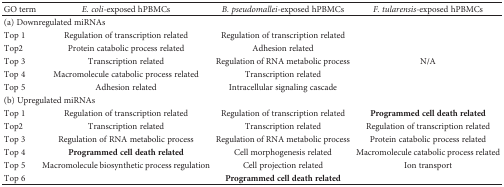
<table><thead><tr><td><b>GO term</b></td><td><b><i>E. coli</i>-exposed hPBMCs</b></td><td><b><i>B. pseudomallei-</i>exposed hPBMCs</b></td><td><b><i>F. tularensis</i>-exposed hPBMCs</b></td></tr></thead><tbody><tr><td colspan="4">(a) Downregulated miRNAs</td></tr><tr><td>Top 1</td><td>Regulation of transcription related</td><td>Regulation of transcription related</td><td rowspan="5">N/A</td></tr><tr><td>Top2</td><td>Protein catabolic process related</td><td>Adhesion related</td></tr><tr><td>Top 3</td><td>Transcription related</td><td>Regulation of RNA metabolic process</td></tr><tr><td>Top 4</td><td>Macromolecule catabolic process related</td><td>Transcription related</td></tr><tr><td>Top 5</td><td>Adhesion related</td><td>Intracellular signaling cascade</td></tr><tr><td colspan="4">(b) Upregulated miRNAs</td></tr><tr><td>Top 1</td><td>Regulation of transcription related</td><td>Regulation of transcription related</td><td><b>Programmed cell death related</b></td></tr><tr><td>Top2</td><td>Transcription related</td><td>Transcription related</td><td>Regulation of transcription related</td></tr><tr><td>Top 3</td><td>Regulation of RNA metabolic process</td><td>Regulation of RNA metabolic process</td><td>Protein catabolic process related</td></tr><tr><td>Top 4</td><td><b>Programmed cell death related</b></td><td>Cell morphogenesis related</td><td>Macromolecule catabolic process related</td></tr><tr><td>Top 5</td><td>Macromolecule biosynthetic process regulation</td><td>Cell projection related</td><td>Ion transport</td></tr><tr><td>Top 6</td><td></td><td><b>Programmed cell death related</b></td><td></td></tr></tbody></table>